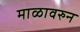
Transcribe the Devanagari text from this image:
माळावरुन